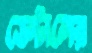
ডেন্টালের